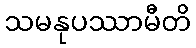
သမနုပဿာမီတိ